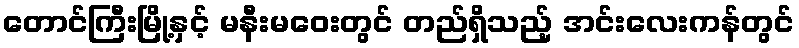
တောင်ကြီးမြို့နှင့် မနီးမဝေးတွင် တည်ရှိသည့် အင်းလေးကန်တွင်